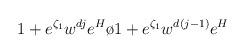
LaTeX: \begin{align*}{{1+ e^{\zeta_1} w^{dj}e^{H}}\o {1+ e^{\zeta_1} w^{d(j-1)}e^{H}}}\end{align*}